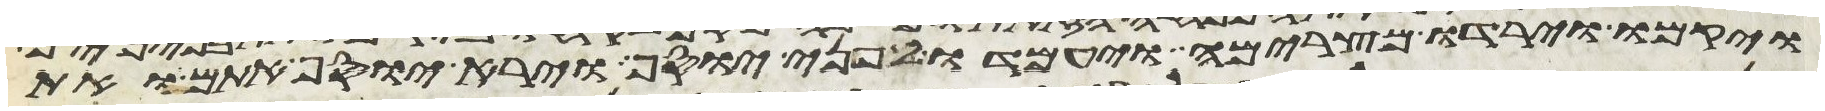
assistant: ויקמו וירדו מצרימה ויעמדו לפני יוסף וירא יוסף אתם ואת